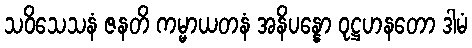
သဝိသေသနံ ဇနတိ ကမ္မာယတနံ အနိပန္နော ဝုဋ္ဌဟနတော ဒါမံ